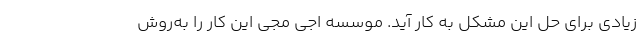
زیادی برای حل این مشکل به کار آید. موسسه اجی مجی این کار را به‌روش